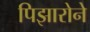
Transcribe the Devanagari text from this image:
पिझारोने